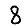
Digit: 8